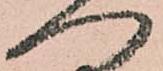
へ